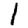
Digit: 1